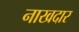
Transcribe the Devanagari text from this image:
नाखदार